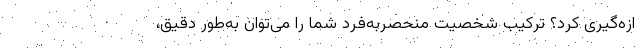
ازه‌گیری کرد؟ ترکیب شخصیت منحصر‌به‌فرد شما را می‌توان به‌طور دقیق،